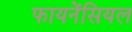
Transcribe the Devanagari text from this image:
फायनेंसियल